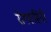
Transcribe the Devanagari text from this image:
रोगवाहिनी